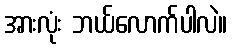
အားလုံး ဘယ်လောက်ပါလဲ။